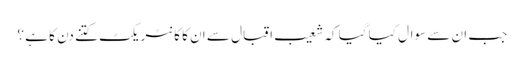
جب ان سے سوال کیا گیا کہ شعیب اقبال سے ان کا کا نٹر یکٹ کتنے دن کا ہے ؟